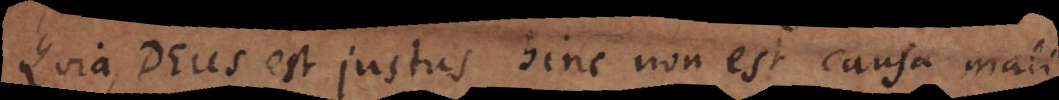
Quia Deus est justus hinc non est causa mali.